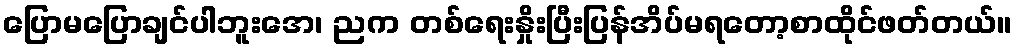
ပြောမပြောချင်ပါဘူးအေ၊ ညက တစ်ရေးနှိုးပြီးပြန်အိပ်မရတော့စာထိုင်ဖတ်တယ်။